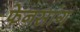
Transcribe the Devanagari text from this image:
फेनसांग